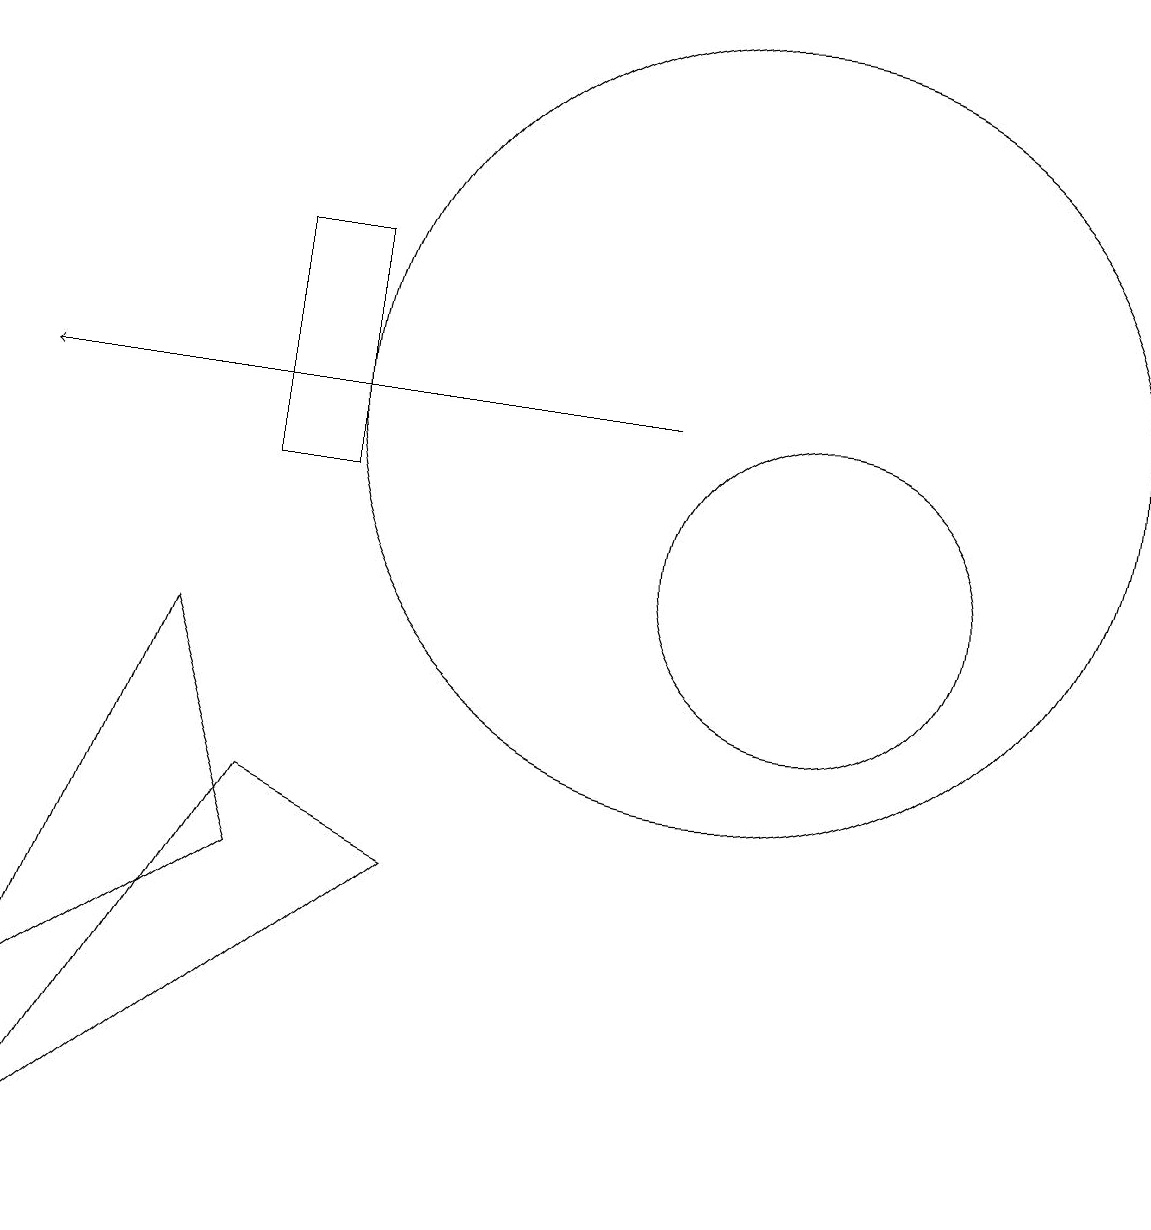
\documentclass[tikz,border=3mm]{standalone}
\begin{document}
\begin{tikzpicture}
\draw (11,10) circle (2);
\draw (10,12) circle (5);
\draw (4,11) rectangle (5,14);
\draw[->] (9,12) -- (1,12);
\draw (1,4) -- (3,9) -- (4,6) -- cycle;
\draw (6,6) -- (1,2) -- (4,7) -- cycle;
\draw (3,16) rectangle (3,16);
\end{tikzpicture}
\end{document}